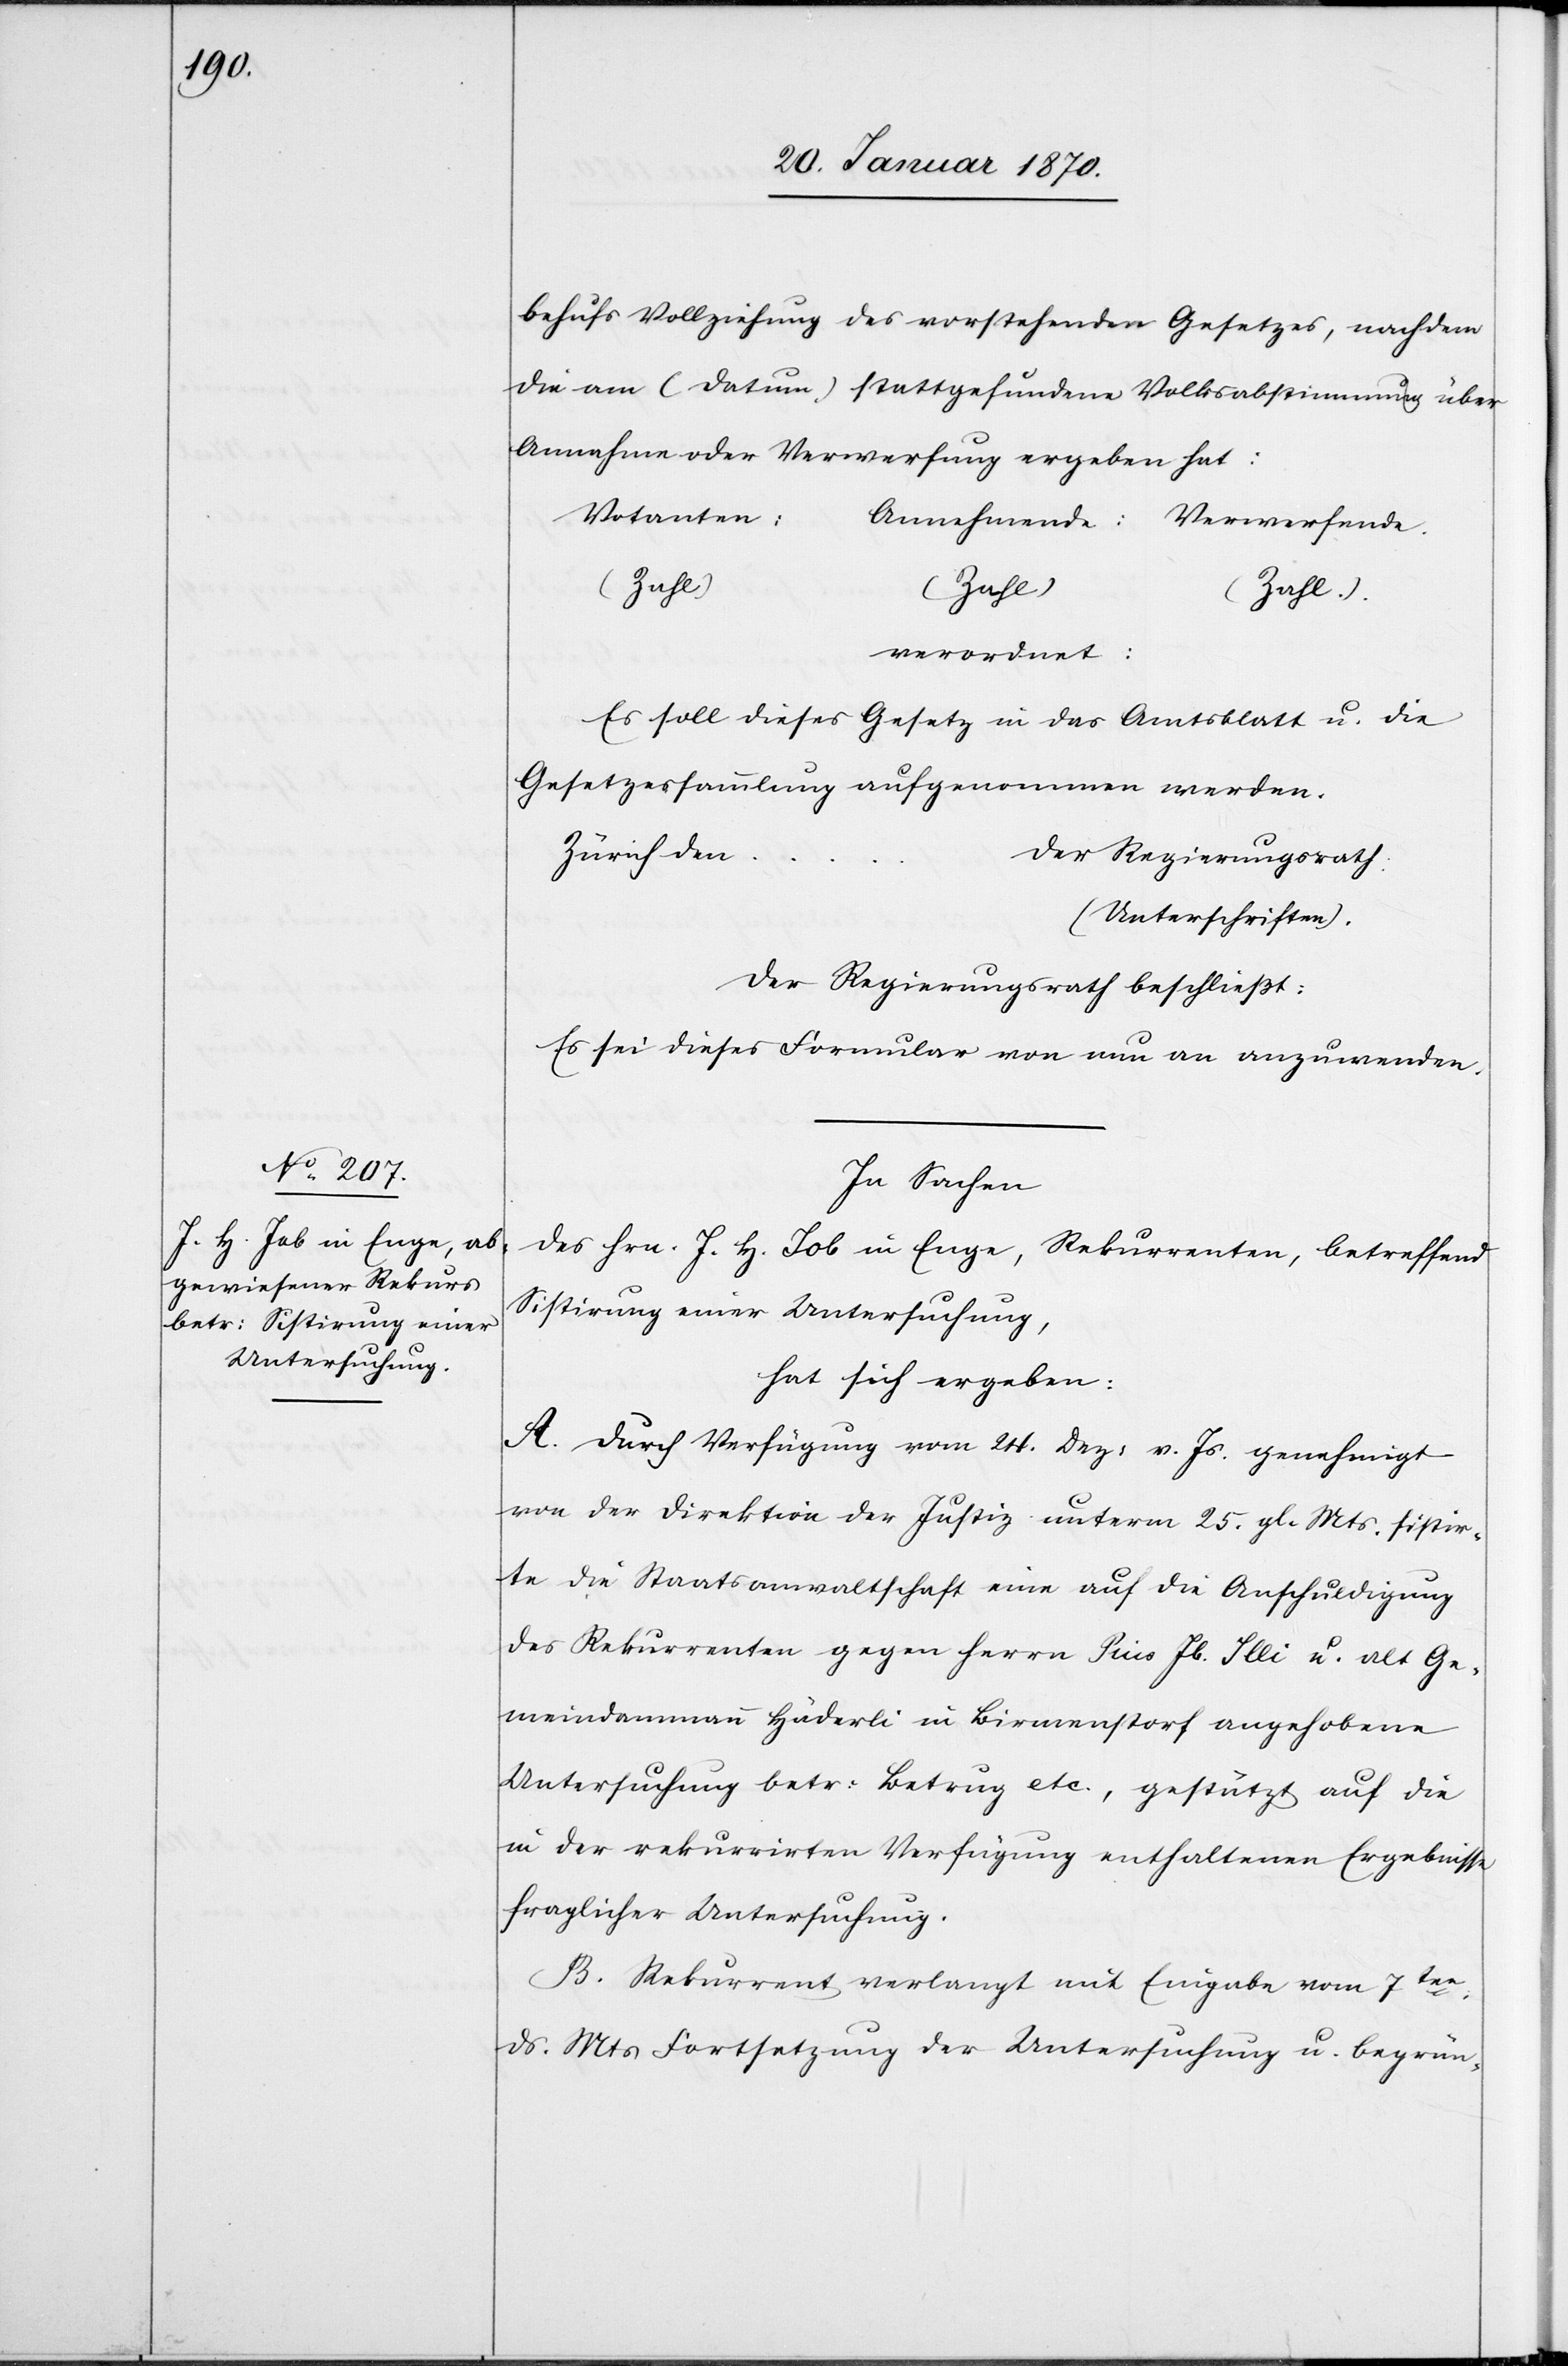
behufs Vollziehung des vorstehenden Gesetzes, nachdem
die am (Datum) stattgefundene Volksabstimmung über
Annahme oder Verwerfung ergeben hat:
verordnet:
Es soll dieses Gesetz in das Amtsblatt u. die
Gesetzessammlung aufgenommen werden.
Zürich den
…		Der Regierungsrath:
(Unterschriften).
Der Regierungsrath beschließt:
Es sei dieses Formular von nun an anzuwenden.
In Sachen
des Hrn. J. H. Job in Enge, Rekurrenten, betreffend
Sistirung einer Untersuchung,
hat sich ergeben:
A. Durch Verfügung vom 24. Dez: v. Js. genehmigt
von der Direktion der Justiz unterm 25. gl. Mts. sistir¬
te die Staatsanwaltschaft eine auf die Anschuldigung
des Rekurrenten gegen Herrn Pius Jb. Illi u. alt Ge¬
meindammann Häderli in Birmenstorf angehobene
Untersuchung betr: Betrug etc., gestützt auf die
in der rekurrirten Verfügung enthaltenen Ergebnisse
fraglicher Untersuchung.
B. Rekkurent verlangt mit Eingabe vom 7ten:
ds. Mts Fortsetzung der Untersuchung u. begrün-